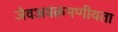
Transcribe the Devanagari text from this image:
जैवअवक्रमणीयता